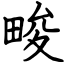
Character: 畯